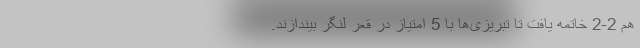
هم 2-2 خاتمه یافت تا تبریزی‌ها با 5 امتیاز در قعر لنگر بیندازند.